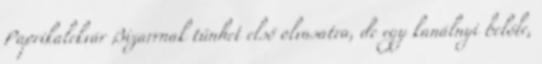
Paprikalekvár Bizarrnak tűnhet első olvasatra, de egy kanálnyi belőle,